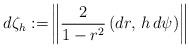
LaTeX: \begin{align*}d\zeta_h:=&\left\|\frac{2}{1-r^2}\,(dr,\,h\,d\psi)\right\|\end{align*}